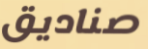
صناديق